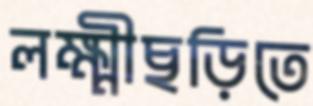
লক্ষ্মীছড়িতে